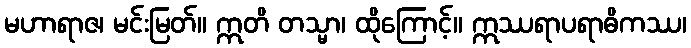
မဟာရာဇ၊ မင်းမြတ်။ ဣတိ တသ္မာ၊ ထိုကြောင့်။ ဣဿရာပရာဓိကဿ၊